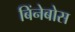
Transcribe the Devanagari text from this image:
बिंनेबोस